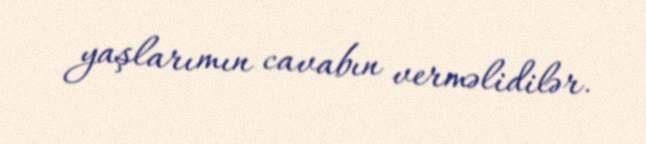
yaşlarımın cavabın verməlidilər.